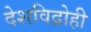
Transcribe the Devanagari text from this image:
देशविद्रोही